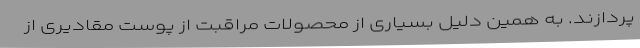
پردازند. به همین دلیل بسیاری از محصولات مراقبت از پوست مقادیری از